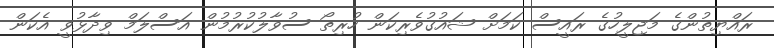
ރައްޔިތުންގެ މަޖިލީހުގެ ރައީސް ކަމަށް ޝައުގުވެރިކަން ހުރިތޯ ސުވާލުކުރުމުން އަސްލަމް ވިދާޅުވީ އެކަން